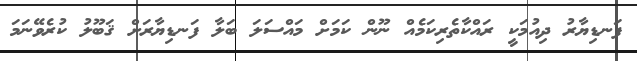
ފަނޑިޔާރު ދިއުމަކީ ރައްކާތެރިކަމެއް ނޫން ކަމަށް މައްސަލަ ބަލާ ފަނޑިޔާރަށް ޤަބޫލު ކުރެވޭނަމަ